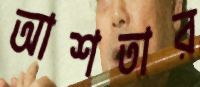
আশতার